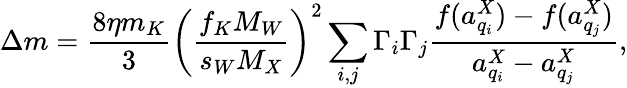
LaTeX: \Delta m=\frac{8\eta m_{K}}{3}\left(\frac{f_{K}M_{W}}{s_{W}M_{X}}\right)^{2}\sum_{i,j}\Gamma_{i}\Gamma_{j}\frac{f(a_{q_{i}}^{X})-f(a_{q_{j}}^{X})}{a_{q_{i}}^{X}-a_{q_{j}}^{X}},